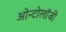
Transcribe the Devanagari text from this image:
ओन्टोलॉजी